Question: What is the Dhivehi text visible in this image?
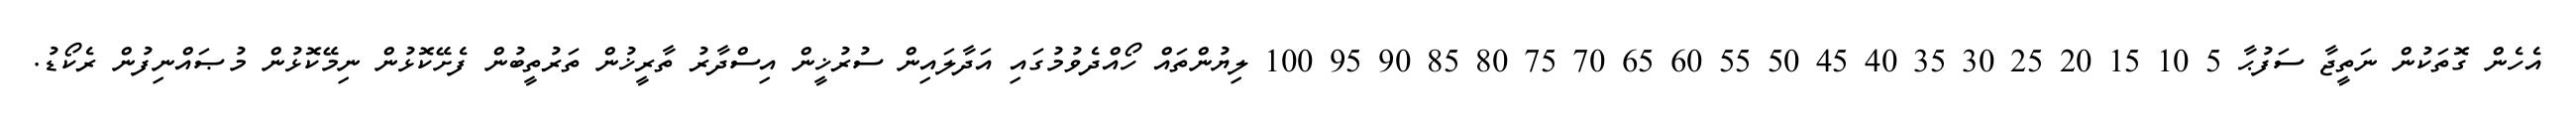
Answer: އެހެން ގޮތަކުން ނަތީޖާ ސަފުޙާ 5 10 15 20 25 30 35 40 45 50 55 60 65 70 75 80 85 90 95 100 ލިޔުންތައް ހޯއްދެވުމުގައި އަދާލައިން ސުރުޚީން އިސްދާރު ތާރީޚުން ތަރުތީބުން ފެށޭކޮޅުން ނިމޭކޮޅުން މުޞައްނިފުން ރެކޯޑު.